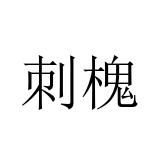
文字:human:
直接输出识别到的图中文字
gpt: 刺槐